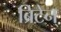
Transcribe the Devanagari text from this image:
ब्रिटेन्